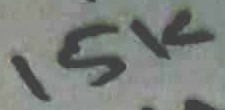
Text: 15K